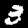
Digit: 3